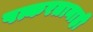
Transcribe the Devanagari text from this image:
पत्करतानाही